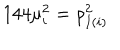
LaTeX: 1 4 4 \mu _ { i } ^ { 2 } = \rho _ { I ( i ) } ^ { 2 }